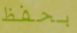
بحفظ